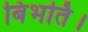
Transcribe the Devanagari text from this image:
बिभर्ति।